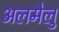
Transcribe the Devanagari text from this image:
अलमेलु